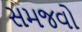
સમજવો